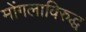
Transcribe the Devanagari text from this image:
मोंगलाविरुद्ध